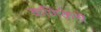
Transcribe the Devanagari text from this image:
कणिकेचे